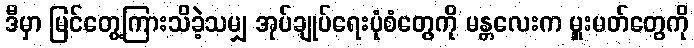
ဒီမှာ မြင်တွေ့ကြားသိခဲ့သမျှ အုပ်ချုပ်ရေးပုံစံတွေကို မန္တလေးက မှူးမတ်တွေကို